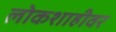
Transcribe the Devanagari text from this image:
लोकशाहीवर